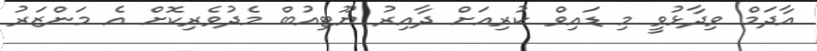
އާދަމް ވިދާޅުވީ މި ޑައިވް ކުރިއަށް ދާއިރު ޔޫޓިއުބް މެދުވެރިކޮށް އެ މަންޒަރު